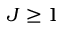
J \geq 1